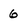
Character: 6